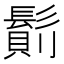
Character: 𩮆